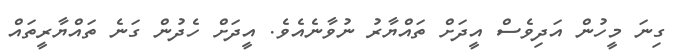
ގިނަ މީހުން އަދިވެސް އީދަށް ތައްޔާރު ނުވާނެއެވެ. އީދަށް ހެދުން ގަނެ ތައްޔާރީތައް